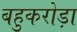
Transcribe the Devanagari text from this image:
बहुकरोड़ा